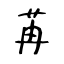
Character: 苒